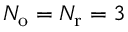
{ N _ { \mathrm { o } } } = { N _ { \mathrm { r } } } = 3